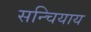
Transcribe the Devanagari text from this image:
सन्चियाय